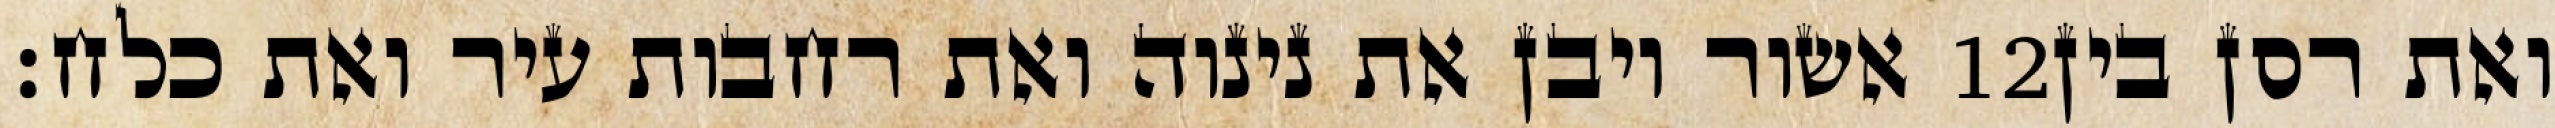
אשור ויבן את נינוה ואת רחבות עיר ואת כלח׃ ‎12‏ ואת רסן בין